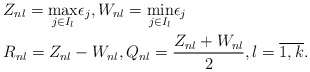
\begin{align*}&Z_{nl} = \underset{j\in I_l}\max\epsilon_j, W_{nl} = \underset{j\in I_l}\min\epsilon_j\\&R_{nl} = Z_{nl} - W_{nl}, Q_{nl} = \frac{Z_{nl}+ W_{nl}}{2}, l = \overline{1,k}.\end{align*}